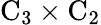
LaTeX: \mathrm{C}_{3}\times\mathrm{C}_{2}